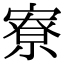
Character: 寮